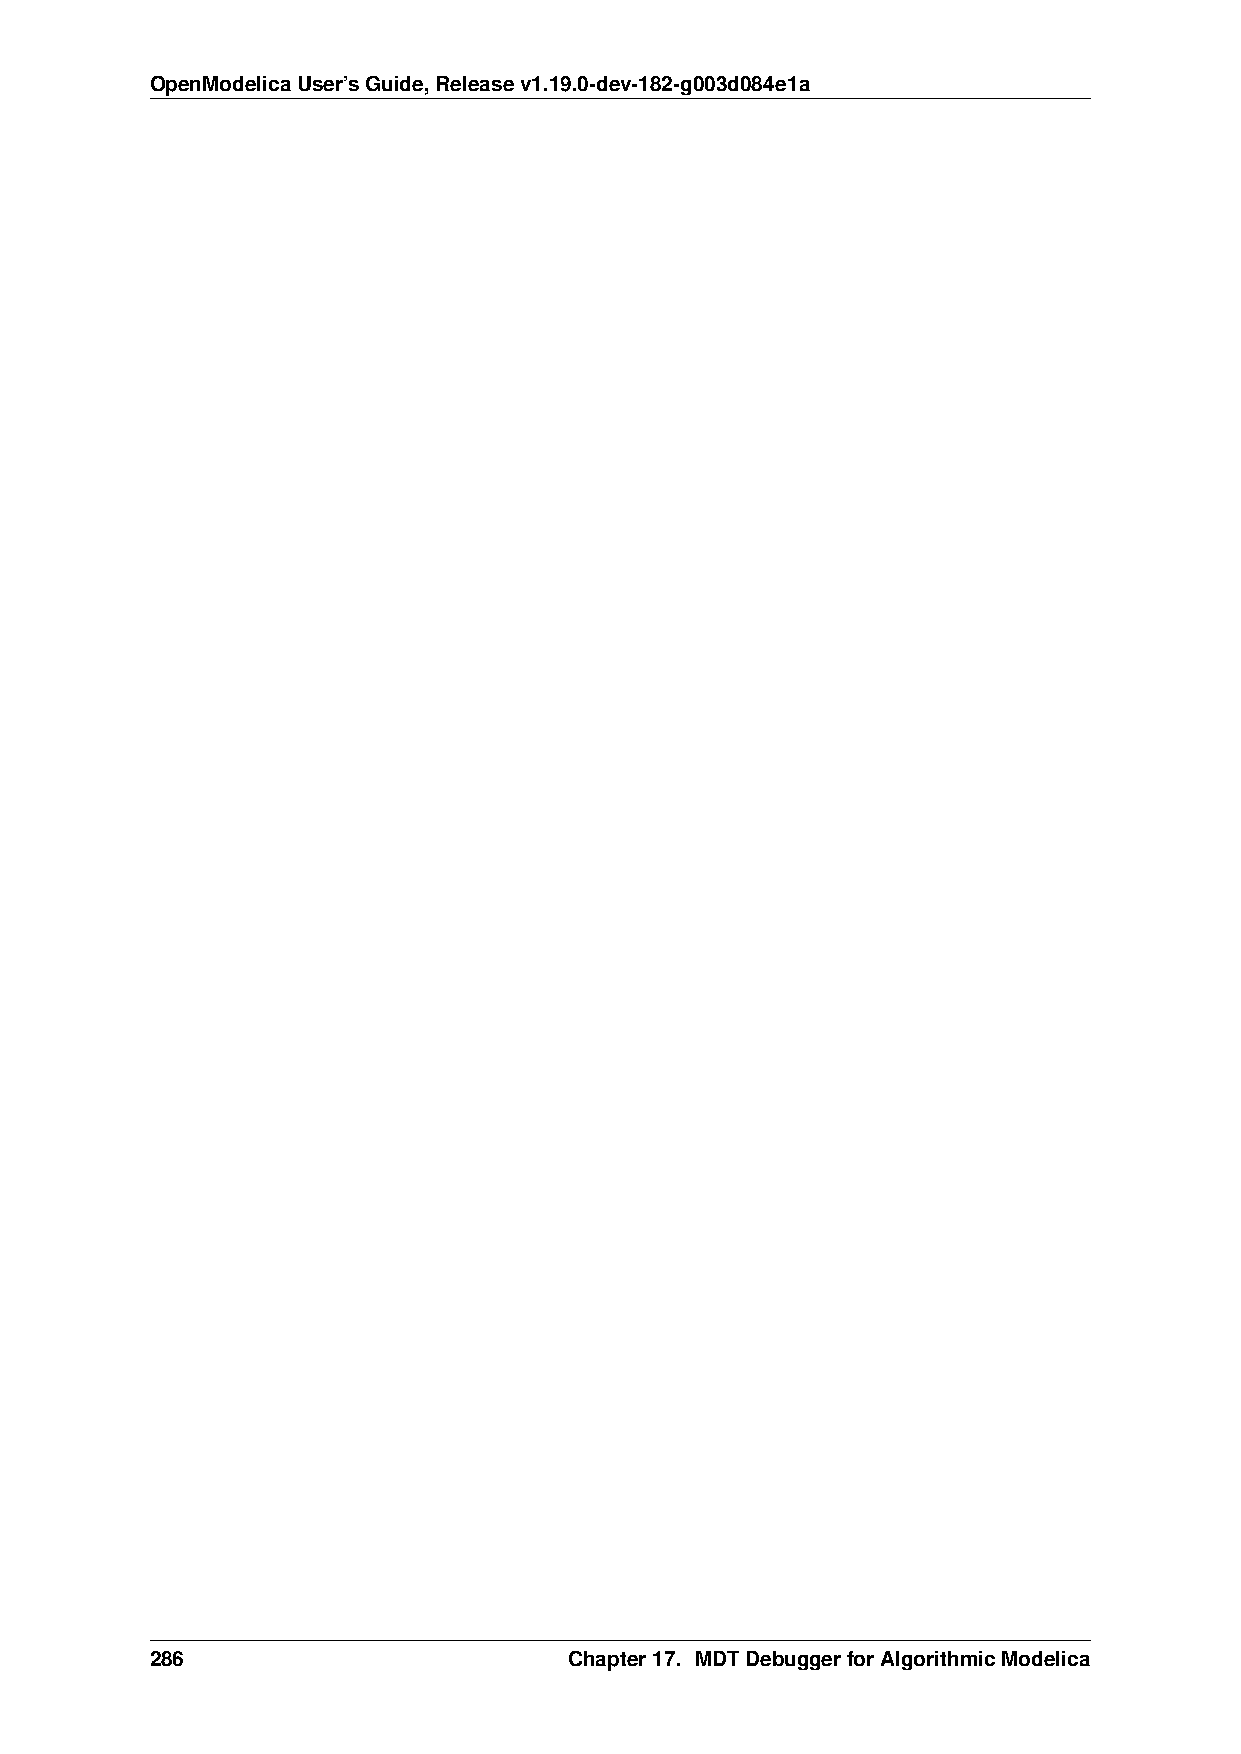
OpenModelicaUser’sGuide,Releasev1.19.0-dev-182-g003d084e1a
 286                         Chapter17. MDTDebuggerforAlgorithmicModelica